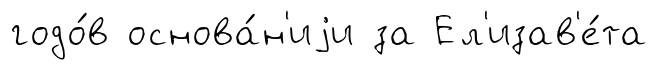
годо́в основа́н'иjи за Ел'изав'е́та